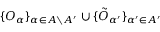
\{ O _ { \alpha } \} _ { \alpha \in A \setminus A ^ { \prime } } \cup \{ \tilde { O } _ { \alpha ^ { \prime } } \} _ { \alpha ^ { \prime } \in A ^ { \prime } }